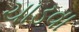
ચાડવા